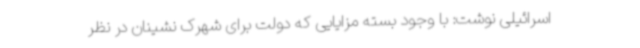
اسرائیلی نوشت: با وجود بسته مزایایی که دولت برای شهرک نشینان در نظر